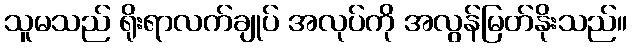
သူမသည် ရိုးရာလက်ချုပ် အလုပ်ကို အလွန်မြတ်နိုးသည်။